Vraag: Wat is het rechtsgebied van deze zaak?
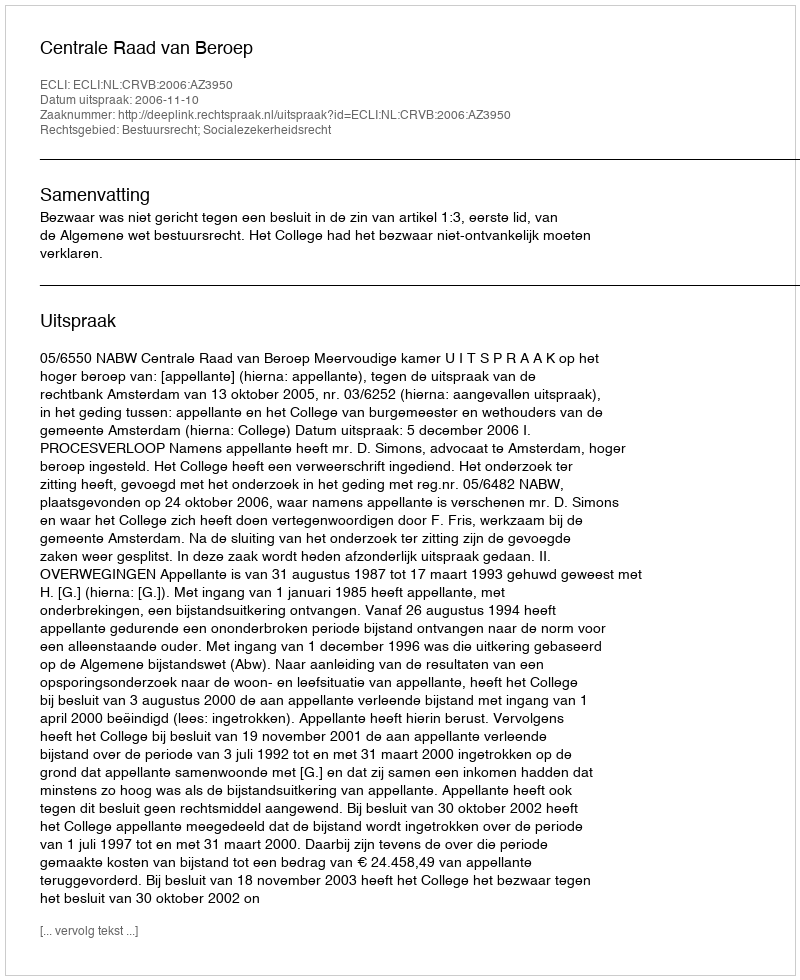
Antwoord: Bestuursrecht; Socialezekerheidsrecht